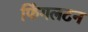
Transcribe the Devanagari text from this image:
फिंगलटन